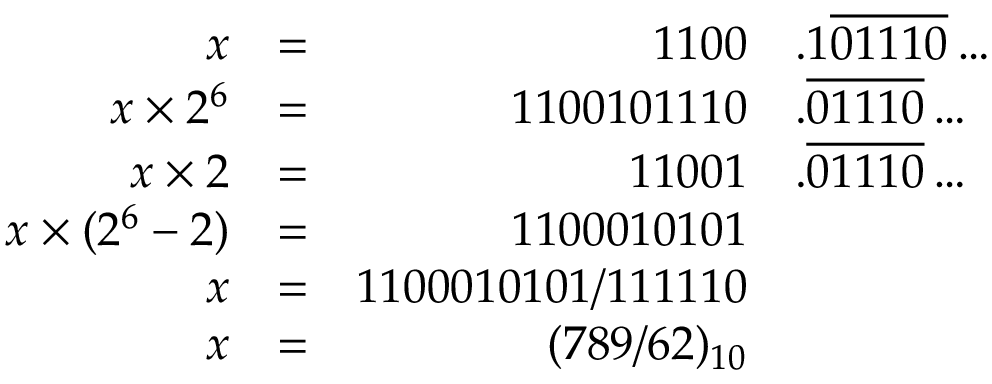
{ \begin{array} { r l r l } { x } & { = } & { 1 1 0 0 } & { . 1 { \overline { { 0 1 1 1 0 } } } \ldots } \\ { x \times 2 ^ { 6 } } & { = } & { 1 1 0 0 1 0 1 1 1 0 } & { . { \overline { { 0 1 1 1 0 } } } \ldots } \\ { x \times 2 } & { = } & { 1 1 0 0 1 } & { . { \overline { { 0 1 1 1 0 } } } \ldots } \\ { x \times ( 2 ^ { 6 } - 2 ) } & { = } & { 1 1 0 0 0 1 0 1 0 1 } \\ { x } & { = } & { 1 1 0 0 0 1 0 1 0 1 / 1 1 1 1 1 0 } \\ { x } & { = } & { ( 7 8 9 / 6 2 ) _ { 1 0 } } \end{array} }